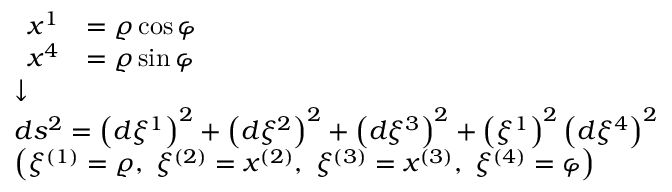
\scriptstyle { \begin{array} { l } { { \begin{array} { r l } { x ^ { 1 } } & { = \varrho \cos \varphi } \\ { x ^ { 4 } } & { = \varrho \sin \varphi } \end{array} } } \\ { { \boldsymbol { \downarrow } } } \\ { d s ^ { 2 } = \left( d \xi ^ { 1 } \right) ^ { 2 } + \left( d \xi ^ { 2 } \right) ^ { 2 } + \left( d \xi ^ { 3 } \right) ^ { 2 } + \left( \xi ^ { 1 } \right) ^ { 2 } \left( d \xi ^ { 4 } \right) ^ { 2 } } \\ { \left( \xi ^ { ( 1 ) } = \varrho , \ \xi ^ { ( 2 ) } = x ^ { ( 2 ) } , \ \xi ^ { ( 3 ) } = x ^ { ( 3 ) } , \ \xi ^ { ( 4 ) } = \varphi \right) } \end{array} }